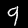
Digit: 9